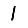
Digit: 1